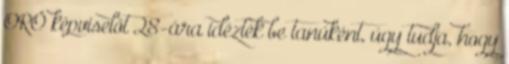
ORÖ képviselőt 28-ára idézték be tanúként, úgy tudja, hogy